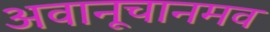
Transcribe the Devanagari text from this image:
अवानूचानमव